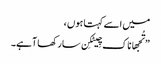
میں اسے کہتا ہوں ،
” تُجھا ناک چِیٹکِن سارکھا آہے۔